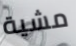
مشية